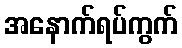
အနောက်ရပ်ကွက်